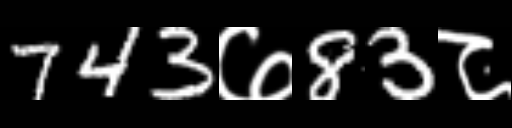
Text: 743७83८